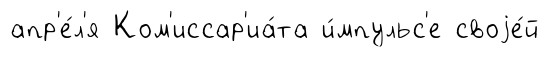
апр'е́л'я Ком'иссар'иа́та и́мпульс'е своjе́й